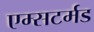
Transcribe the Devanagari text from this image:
एम्सटर्मड